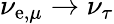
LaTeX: \nu_{\mathrm{e},\mu}\rightarrow\nu_{\tau}